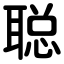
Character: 聪